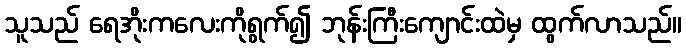
သူသည် ရေအိုးကလေးကိုရွက်၍ ဘုန်းကြီးကျောင်းထဲမှ ထွက်လာသည်။